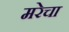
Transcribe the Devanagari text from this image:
मरेचा